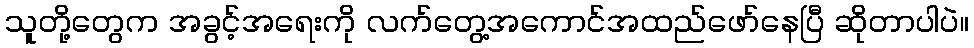
သူတို့တွေက အခွင့်အရေးကို လက်တွေ့အကောင်အထည်ဖော်နေပြီ ဆိုတာပါပဲ။